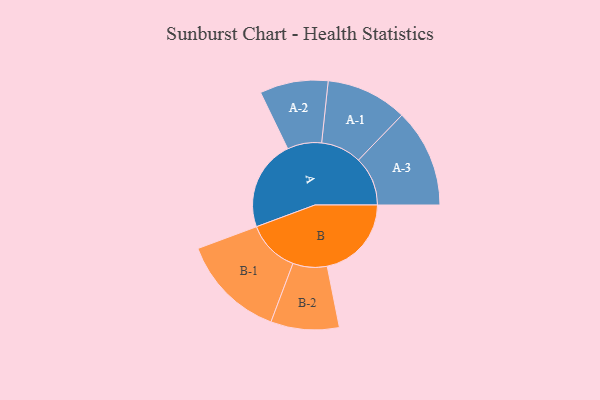
{"axis": {"x": "Segment", "y": "Value"}, "legend": ["", "A", "B"], "data": [{"x": "A", "y": 421, "type": ""}, {"x": "B", "y": 392, "type": ""}, {"x": "A-1", "y": 189, "type": "A"}, {"x": "A-2", "y": 159, "type": "A"}, {"x": "A-3", "y": 229, "type": "A"}, {"x": "B-1", "y": 244, "type": "B"}, {"x": "B-2", "y": 159, "type": "B"}]}